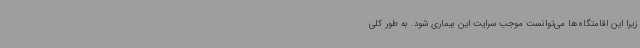
زیرا این اقامتگاه‌ها می‌توانست موجب سرایت این بیماری شود. به طور کلی